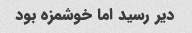
دیر رسید اما خوشمزه بود